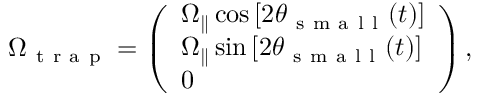
\boldsymbol { \Omega } _ { \mathrm { ~ t ~ r ~ a ~ p ~ } } = \left( \begin{array} { l } { \Omega _ { \parallel } \cos { [ 2 \theta _ { \mathrm { ~ s ~ m ~ a ~ l ~ l ~ } } ( t ) ] } } \\ { \Omega _ { \parallel } \sin { [ 2 \theta _ { \mathrm { ~ s ~ m ~ a ~ l ~ l ~ } } ( t ) ] } } \\ { 0 } \end{array} \right) ,